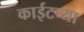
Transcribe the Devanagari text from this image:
काईटच्या